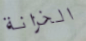
الخزانة